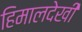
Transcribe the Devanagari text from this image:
हिमालदेखी